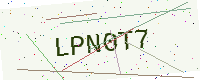
Text: LPN0T7